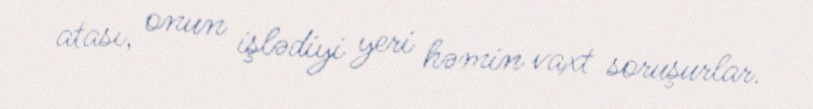
atası, onun işlədiyi yeri həmin vaxt soruşurlar.